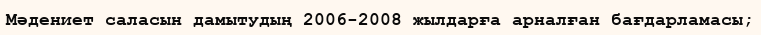
Мәдениет саласын дамытудың 2006-2008 жылдарға арналған бағдарламасы;